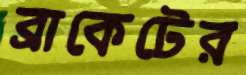
ব্রাকেটের